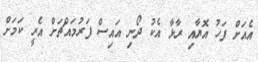
އެއަށް ފަހު އޮޔާއި ރާޅާ އެކު ދޯނި އައިސް ފަރުމައްޗަށް އެރީ ކަމަށް